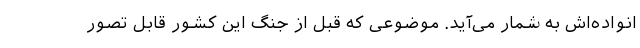
انواده‌اش به شمار می‌آید. موضوعی که قبل از جنگ این کشور قابل تصور